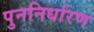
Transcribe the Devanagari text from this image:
पुननिर्धारण